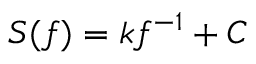
S ( f ) = k f ^ { - 1 } + C